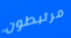
مرتبطون